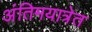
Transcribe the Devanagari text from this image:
अंतिमयात्रेत